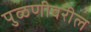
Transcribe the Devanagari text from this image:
पुळणीवरील